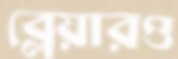
ব্লেয়ারও